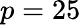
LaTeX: p=25